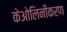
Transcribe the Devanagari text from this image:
केओलिनीकरण